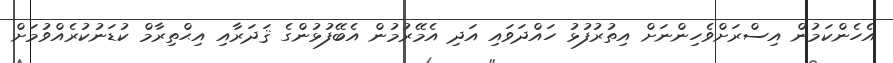
އެހެންކަމުން އިސްރަށްވެހިންނަށް އިތުރުފުޅު ހައްދަވައި އަދި އެމޭރުމުން އެބޭފުޅުންގެ ޤަދަރާއި އިޙްތިރާމް ކުޑަނުކުރެއްވުމަށް